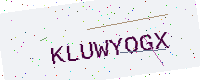
Text: KLUWYOGX